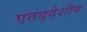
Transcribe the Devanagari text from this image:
एतद्‍देशीय